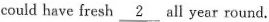
couldhave fresh\underline{2}all year round.